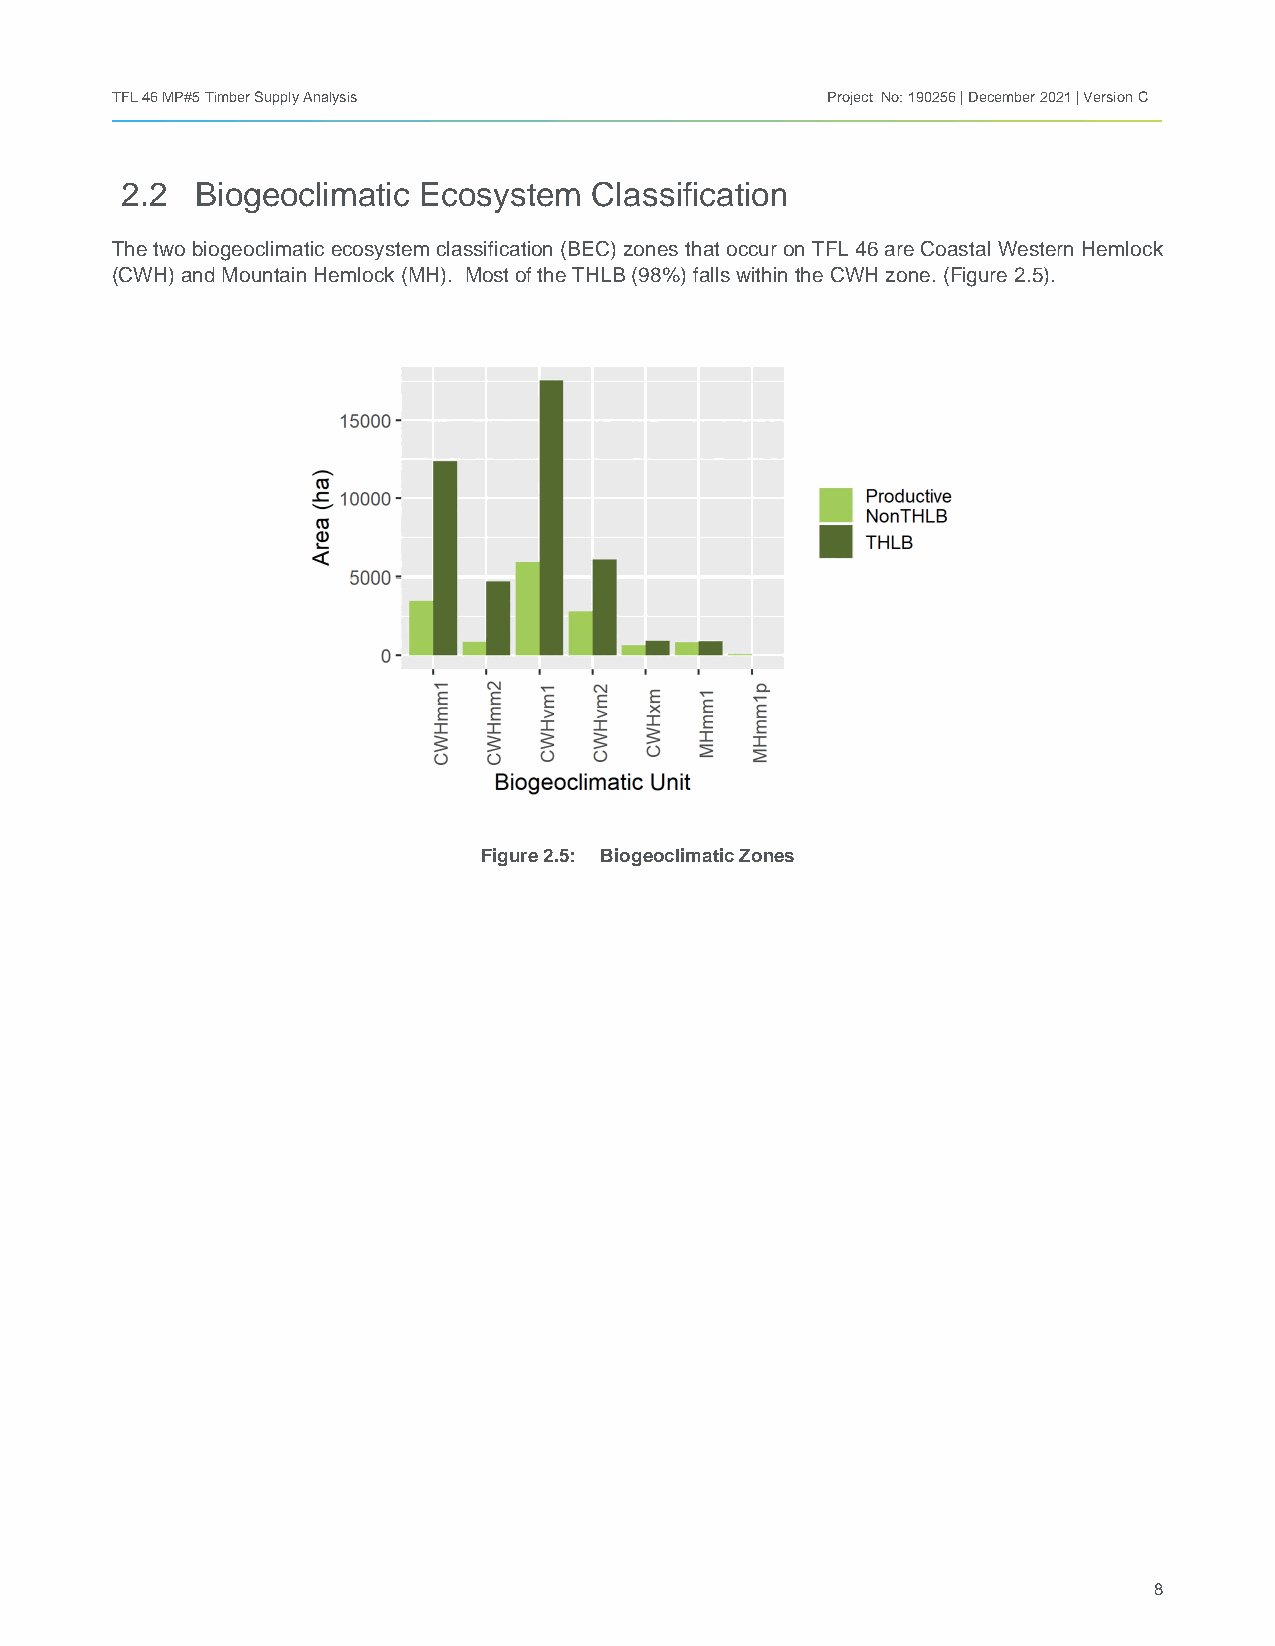
TFL 46 MP#5 Timber Supply Analysis              Project No: 190256 | December 2021 | Version C
 2.2  Biogeoclimatic Ecosystem  Classification
 The two biogeoclimatic ecosystem classification (BEC) zones that occur on TFL 46 are Coastal Western Hemlock
 (CWH) and Mountain Hemlock (MH). Most of the THLB (98%) falls within the CWH zone. (Figure 2.5).
 Figure 2.5: Biogeoclimatic Zones
 8